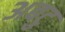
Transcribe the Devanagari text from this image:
अबटु